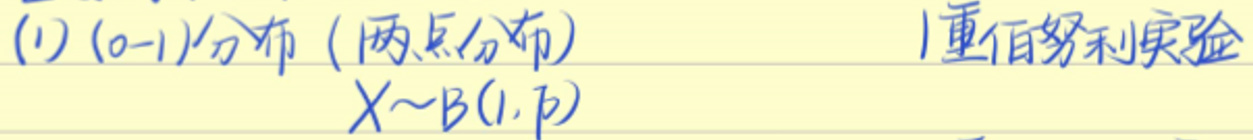
(1) $(0-1)$分布（两点分布）

$X\sim B(1,p)$

1重伯努利实验